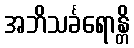
အဘိသင်္ခရောန္တိ